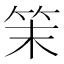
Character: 𥬎